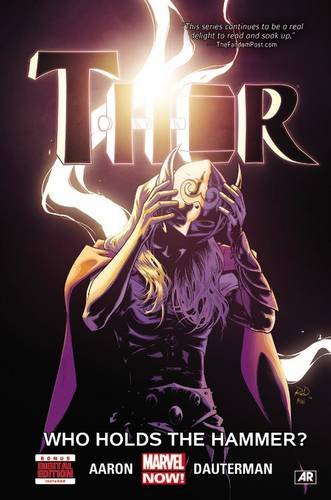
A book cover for Thor Volume 2: Who Holds the Hammer? (Thor: Marvel Now!); Jason Aaron; Comics & Graphic Novels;